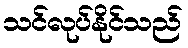
သင်လုပ်နိုင်သည်